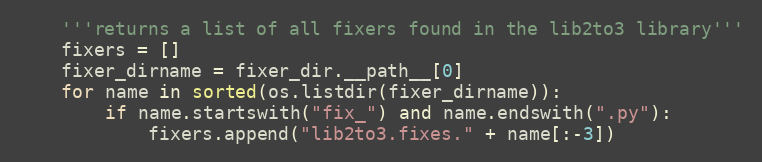
Language: Python
    '''returns a list of all fixers found in the lib2to3 library'''
    fixers = []
    fixer_dirname = fixer_dir.__path__[0]
    for name in sorted(os.listdir(fixer_dirname)):
        if name.startswith("fix_") and name.endswith(".py"):
            fixers.append("lib2to3.fixes." + name[:-3])